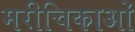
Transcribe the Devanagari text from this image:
मरीचिकाओं